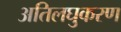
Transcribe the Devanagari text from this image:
अतिलघुकरण